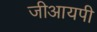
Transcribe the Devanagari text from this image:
जीआयपी